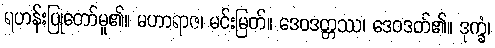
ရဟန်းပြုတော်မူ၏။ မဟာရာဇ၊ မင်းမြတ်။ ဒေဝဒတ္တဿ၊ ဒေဝဒတ်၏။ ဒုက္ခံ၊